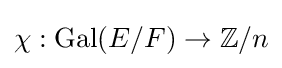
\chi :{\text{Gal}}(E/F)\to \mathbb {Z} /n